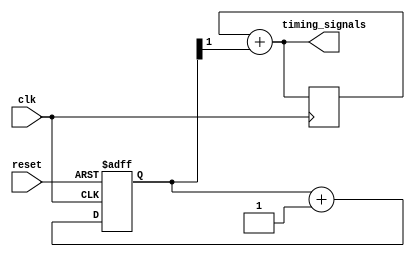
module timing_control
(
    input wire clk,
    input wire reset,
    output wire [7:0] timing_signals
);

// Generate clock signals
reg [1:0] counter;
always @(posedge clk or posedge reset) begin
    if (reset) begin
        counter <= 2'b00;
    end else begin
        counter <= counter + 1;
    end
end

// Implement delay circuits
wire delay_signal = counter[1];

// Ensure synchronized data transfers
reg [7:0] data_sync;
always @(posedge clk) begin
    data_sync <= timing_signals;
end

assign timing_signals = data_sync + delay_signal; // Add delay signal to synchronized data

endmodule